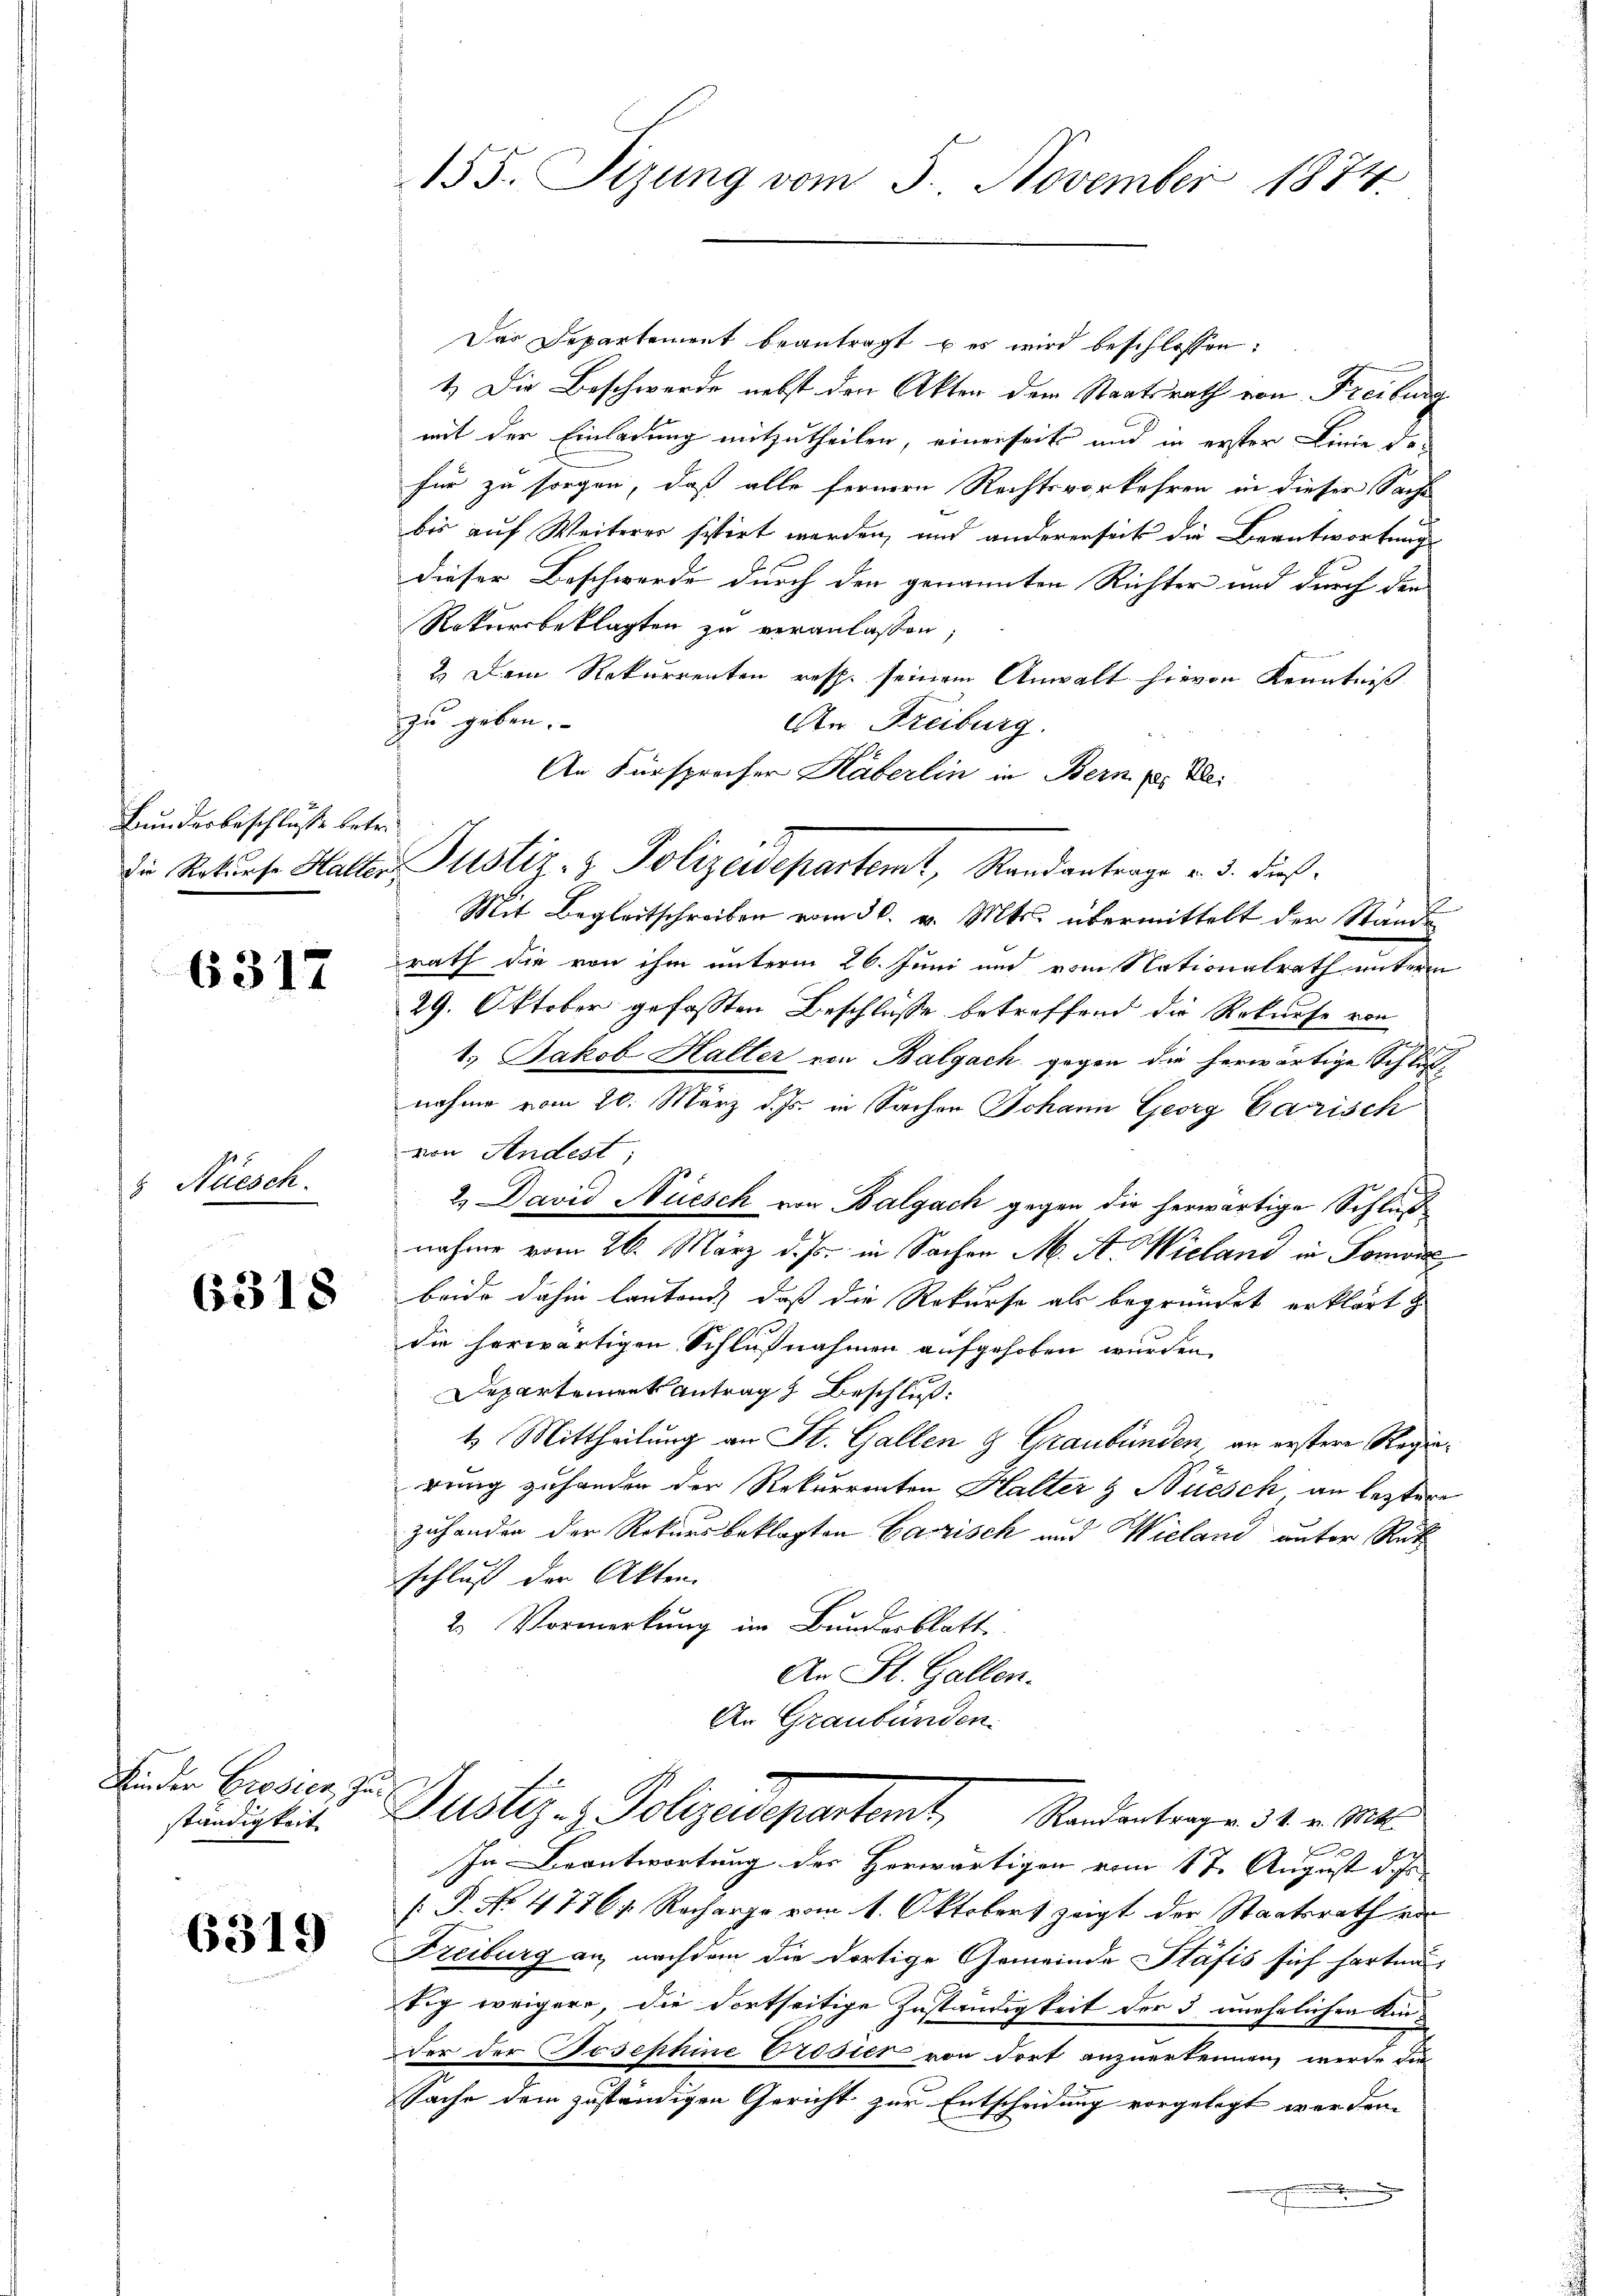
Bundesbeschlüsse betr.

6317

5 Neesch.

6318

Kinder Grosier, Zuständigkeit

6319

155. Sitzung vom 5. November 1874

Das Departement beantragt u es wird beschlossen:
1.) Die Beschwerde nebst den Akten dem Staatsrath von Freiburg
mit der Einladung mitzutheilen, einerseits und in erster Linie do-
für zu sorgen, daß alle fernern Rechtsvorkehren in dieser Sache
bis auf Weiterer sistirt werden, und andererseits die Beantwortungs
dieser Beschwerde durch den genannten Richter und durch der
Rekursbeklagten zu veranlassen,
2.) Dem Rekurrenten resp. seinem Anwalt hievon Kenntniß
zu geben.
An Freiburg.
An Fürsprecher Häberlin in Bern u. Zei
Mit Begleitschreiben vom 30. v. Mts. übermittelt der Stande
rath die von ihm unterm 26. Juni und vom Nationalrath unterm
29. Oktober gefassten Beschlüsse betreffend die Rekurse von
esinge
1., Jakob Haller von Balgach gegen die herwärtige Schlußnahme vom 20. März d. Js. in Sachen Johann Georg Garisch
von Aendest;
2.) David Nüesch von Balgach gegen die herwärtigen Schluß
nahme vom 26. März d. Js. in Sachen M. A. Wieland in Fon
beide dahin lautend, daß die Rekurse als begründet erklärt
die herwärtigen Schlußnahmen aufgehoben wurden.
Departement Antrag Beschluß:
4. Mittheilung an St. Gallen & Graubünden, an erstere Regiewenig zuhanden der Rekurrenten Halter & Nüesch, an leztere
zuhanden der Rekursbeklagten Carrisch und Wieland unter Rückschluss der Akten.
2. Vormerkung im Bundesblatt
An St. Gallen.
An Graubünden.

die Rekurse Halter Justiz- & Polizewepartemt, Randantrage v. 3. dieß¬

Justiz- & Polizadepartamt, Racentrage den Mit

In Beantwortung des Herwärtigen vom 17. August d. Js
[ P. No. 47761. Recharge vom 1. Oktobert zeigt der Staatsrath vor
Freiburg an nachdem die dortige Gemeinde Stäfis sich harten
tig weigere, die dortseitige Zuständigkeit der 3 unehelichen Kinder der Josephine Tröster von dort anzuerkennen, werde di
Sache dem zuständigen Gericht zur Entscheidung vorgelegt werden.
f